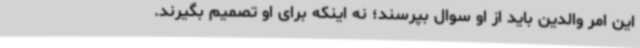
این امر والدین باید از او سوال بپرسند؛ نه اینکه برای او تصمیم بگیرند.